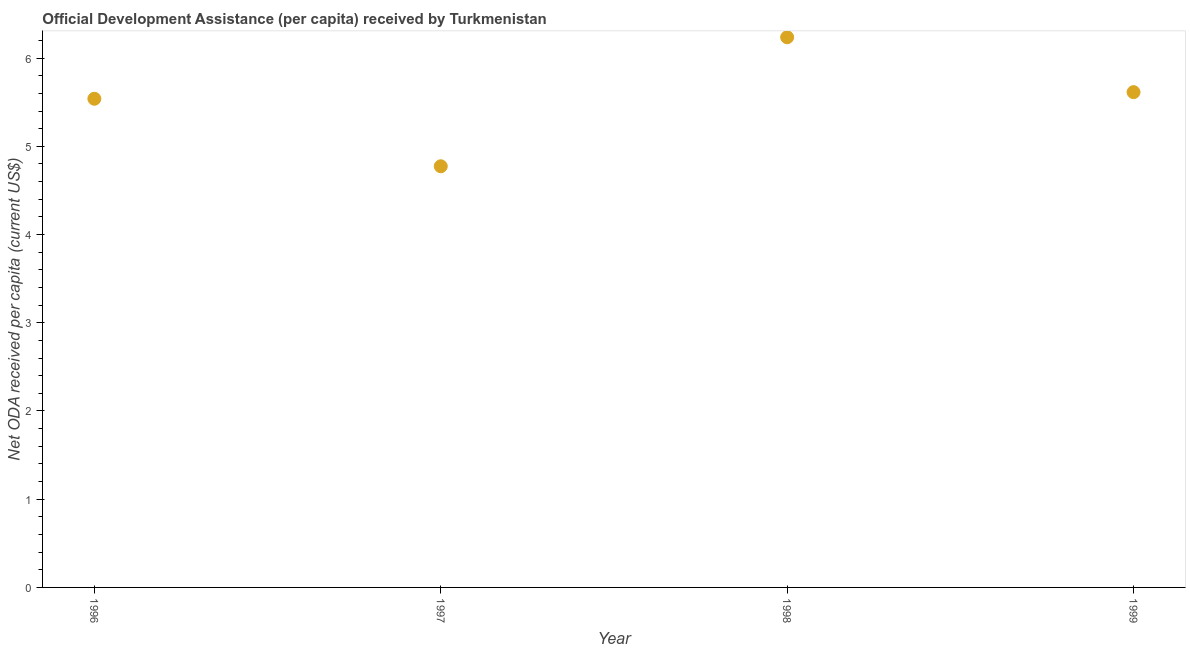
| Year | Net ODA received per capita |
 | --- | --- |
 | 1996 | 5.54 |
 | 1997 | 4.77 |
 | 1998 | 6.24 |
 | 1999 | 5.61 |